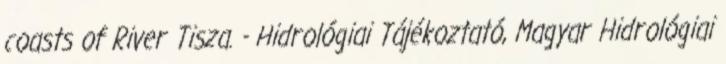
coasts of River Tisza. - Hidrológiai Tájékoztató, Magyar Hidrológiai